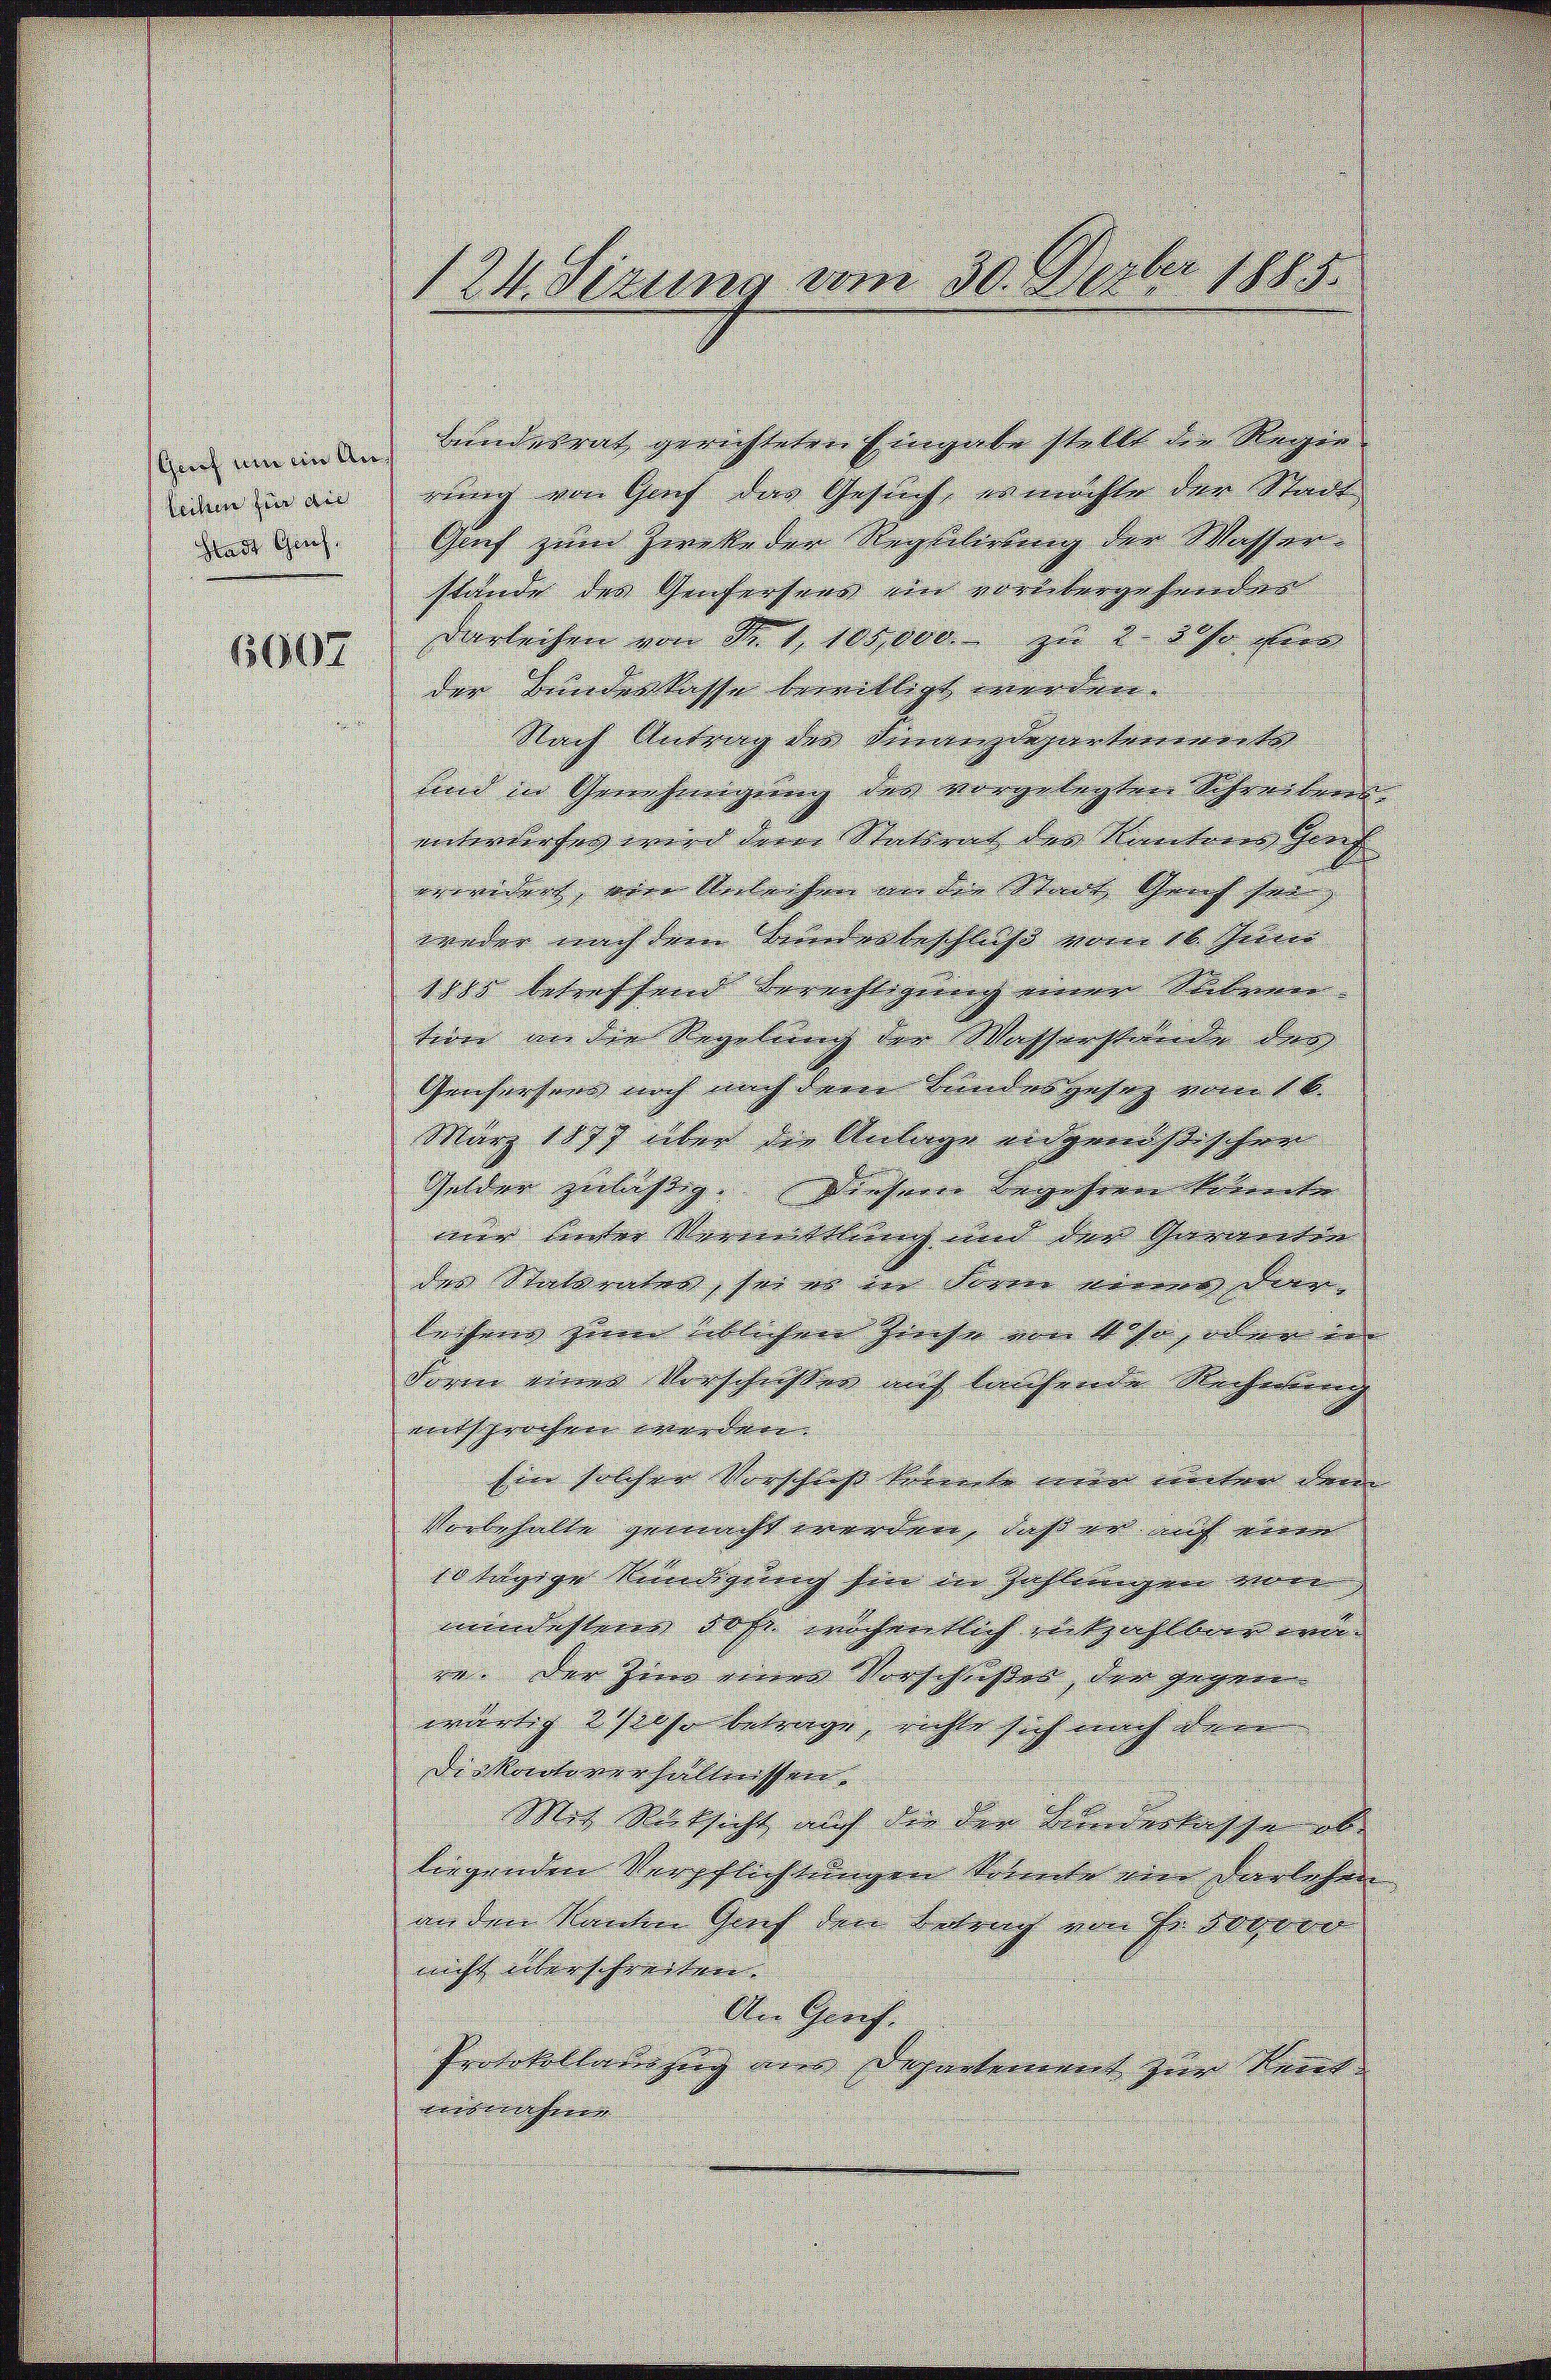
6607

und einen Bundesrath gerichteten Eingabe stellt die Reger
num in an rung von Graf das Gesuch ermöchte den Stadt
und und Gech zum Zwecke den Regierung der Massen-
stände der Geheissens ein vorlebergehenden
darleichen von der v. 100000 zu 2 des Herr
der Bunderlasse bewilligt werden.
Nach Antrag der Finanzdeparteremorte
und in Genehmigung der vorgelegten Schreibens
unterdürfen wird deren Station der Rinteres Gorch |
erwidert, von Verleihen in den Stadt Schnorf sei. |
weder nach dem Bundenbeschluß vom 16. Jenner |
1880 betreffend Berechtigung einen Stilemen- |
teon in den Regelung der Wasserstände des |
Geichersend noch nach der Sandesgeseg vom 16.
März 1877 über die Anlage angereicht schon
Gelder gelistig. Dieser Begehren konnte |
mer hinter Verwandlung und der Geomenten |
der Stattenten, sei er in keine einer der
lechnen Herren üblichen Grause von Sohn, oder in |
Form einer Vorschichten auf brechende Recherung
mitsprochen werden. |
Ein solcher Vorschieß konnte nun unter dem
Vorbehalte gemacht werden, daß er auf einen
10 tägige Kündigung sein in Zahlungen von
mindehlung das wöchentlich mitzahlbier an
rn. Der jene einer Vorschriften den gegen |
wärtig & also betrage, richte sich nach der
de Mordtoverhältnissen. |
Mit Rücksicht auf der der Bundertasse ab
liegenden Verpflichtungen Votente vier verlesen
an den Nanten Genf den Betrag von ihr dopoco
nicht überschreiten.
An Graf.
Protokollausung mir Departement zum Kennt
webericherer

124. Sizung vom 30. Dezbr. 1885.